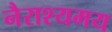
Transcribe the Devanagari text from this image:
नैराश्यमय